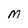
Character: M